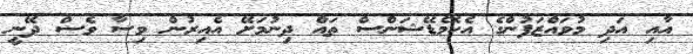
އާއި އަދި މުވައްޒަފުންގެ އެކޮމެޑޭޝަންސް ތައް ދިނުމަށޭ އެއިރުން ވިސާ ވެސް ދޭނީ